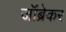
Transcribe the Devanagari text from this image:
जॉब्रेकर